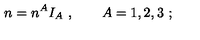
n = n ^ { A } I _ { A } \ , \qquad A = 1 , 2 , 3 \ ;